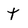
Character: t